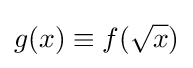
g(x)\equiv f({\sqrt {x}})